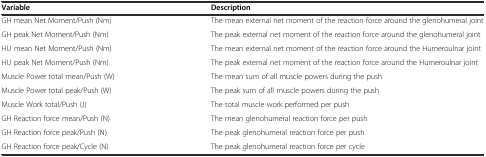
| Variable | Description |
 | --- | --- |
 | GH mean Net Moment/Push (Nm) | The mean external net moment of the reaction force around the glenohumeral joint |
 | GH peak Net Moment/Push (Nm) | The peak external net moment of the reaction force around the glenohumeral joint |
 | HU mean Net Moment/Push (Nm) | The mean external net moment of the reaction force around the Humeroulnar joint |
 | HU peak Net Moment/Push (Nm) | The peak external net moment of the reaction force around the Humeroulnar joint |
 | Muscle Power total mean/Push (W) | The mean sum of all muscle powers during the push |
 | Muscle Power total peak/Push (W) | The peak sum of all muscle powers during the push |
 | Muscle Work total/Push (J) | The total muscle work performed per push |
 | GH Reaction force mean/Push (N) | The mean glenohumeral reaction force per push |
 | GH Reaction force peak/Push (N) | The peak glenohumeral reaction force per push |
 | GH Reaction force peak/Cycle (N) | The peak glenohumeral reaction force per cycle |